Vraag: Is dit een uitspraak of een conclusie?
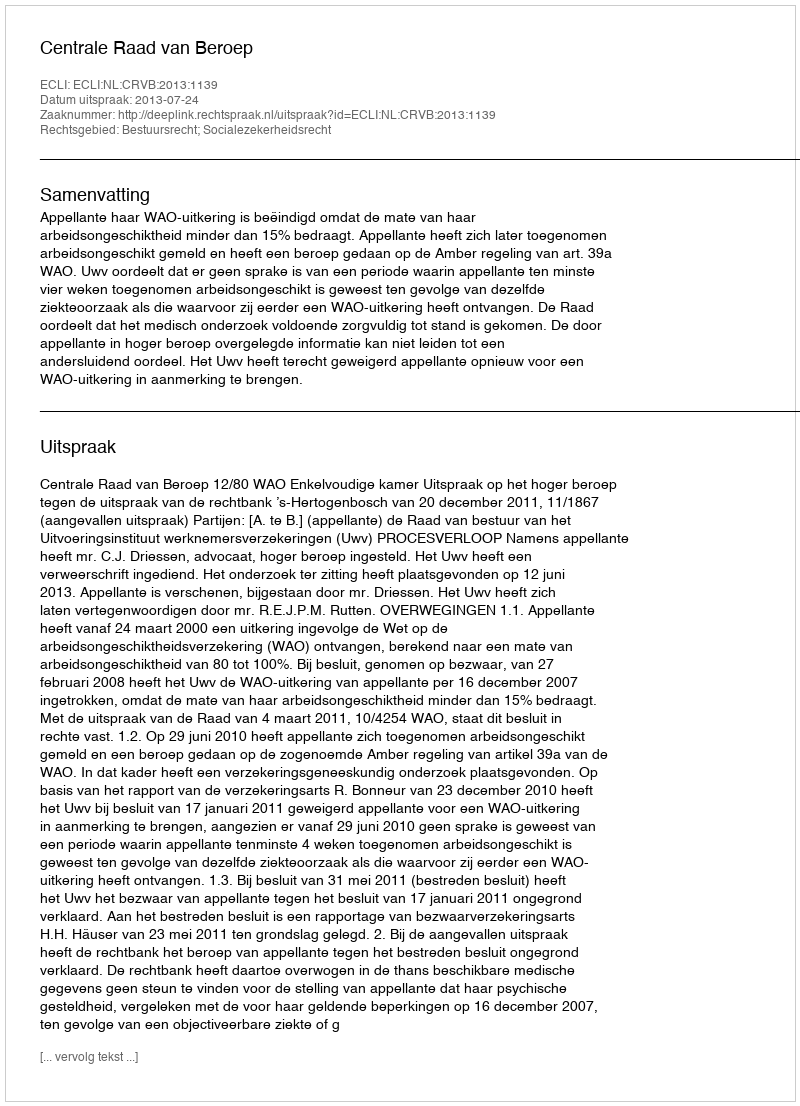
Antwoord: Uitspraak